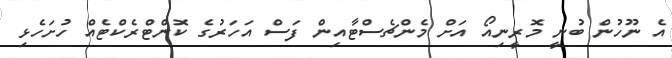
އެ ނޫހުން ބުނީ މޮރީނިއޯ އަށް މެންޗެސްޓާއިން ފަސް އަހަރުގެ ކޮންޓްރެކްޓެއް ހުށަހެޅި